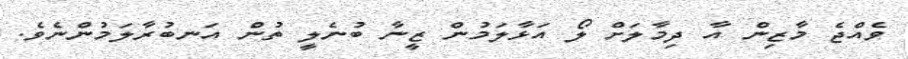
ވެއްޖެ މާޒިން އާ ދިމާލަށް ލޯ އަޅާލަމުން ޒީނާ ބުނެލީ ތުން އަނބުރާލަމުންނެވެ.